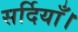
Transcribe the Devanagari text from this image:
सर्दियाँ।